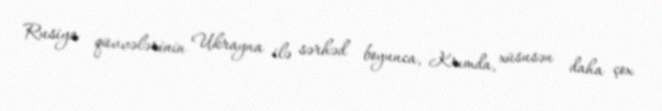
Rusiya qüvvələrinin Ukrayna ilə sərhəd boyunca, Krımda, xüsusən daha çox